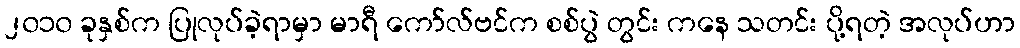
၂၀၁၀ ခုနှစ်က ပြုလုပ်ခဲ့ရာမှာ မာရီ ကော်လ်ဗင်က စစ်ပွဲ တွင်း ကနေ သတင်း ပို့ရတဲ့ အလုပ်ဟာ